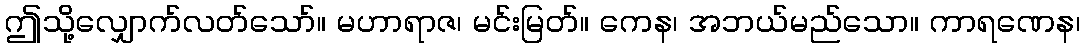
ဤသို့လျှောက်လတ်သော်။ မဟာရာဇ၊ မင်းမြတ်။ ကေန၊ အဘယ်မည်သော။ ကာရဏေန၊